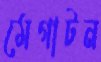
মেগাটন